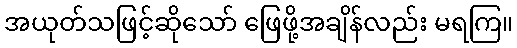
အယုတ်သဖြင့်ဆိုသော် ဖြေဖို့အချိန်လည်း မရကြ။